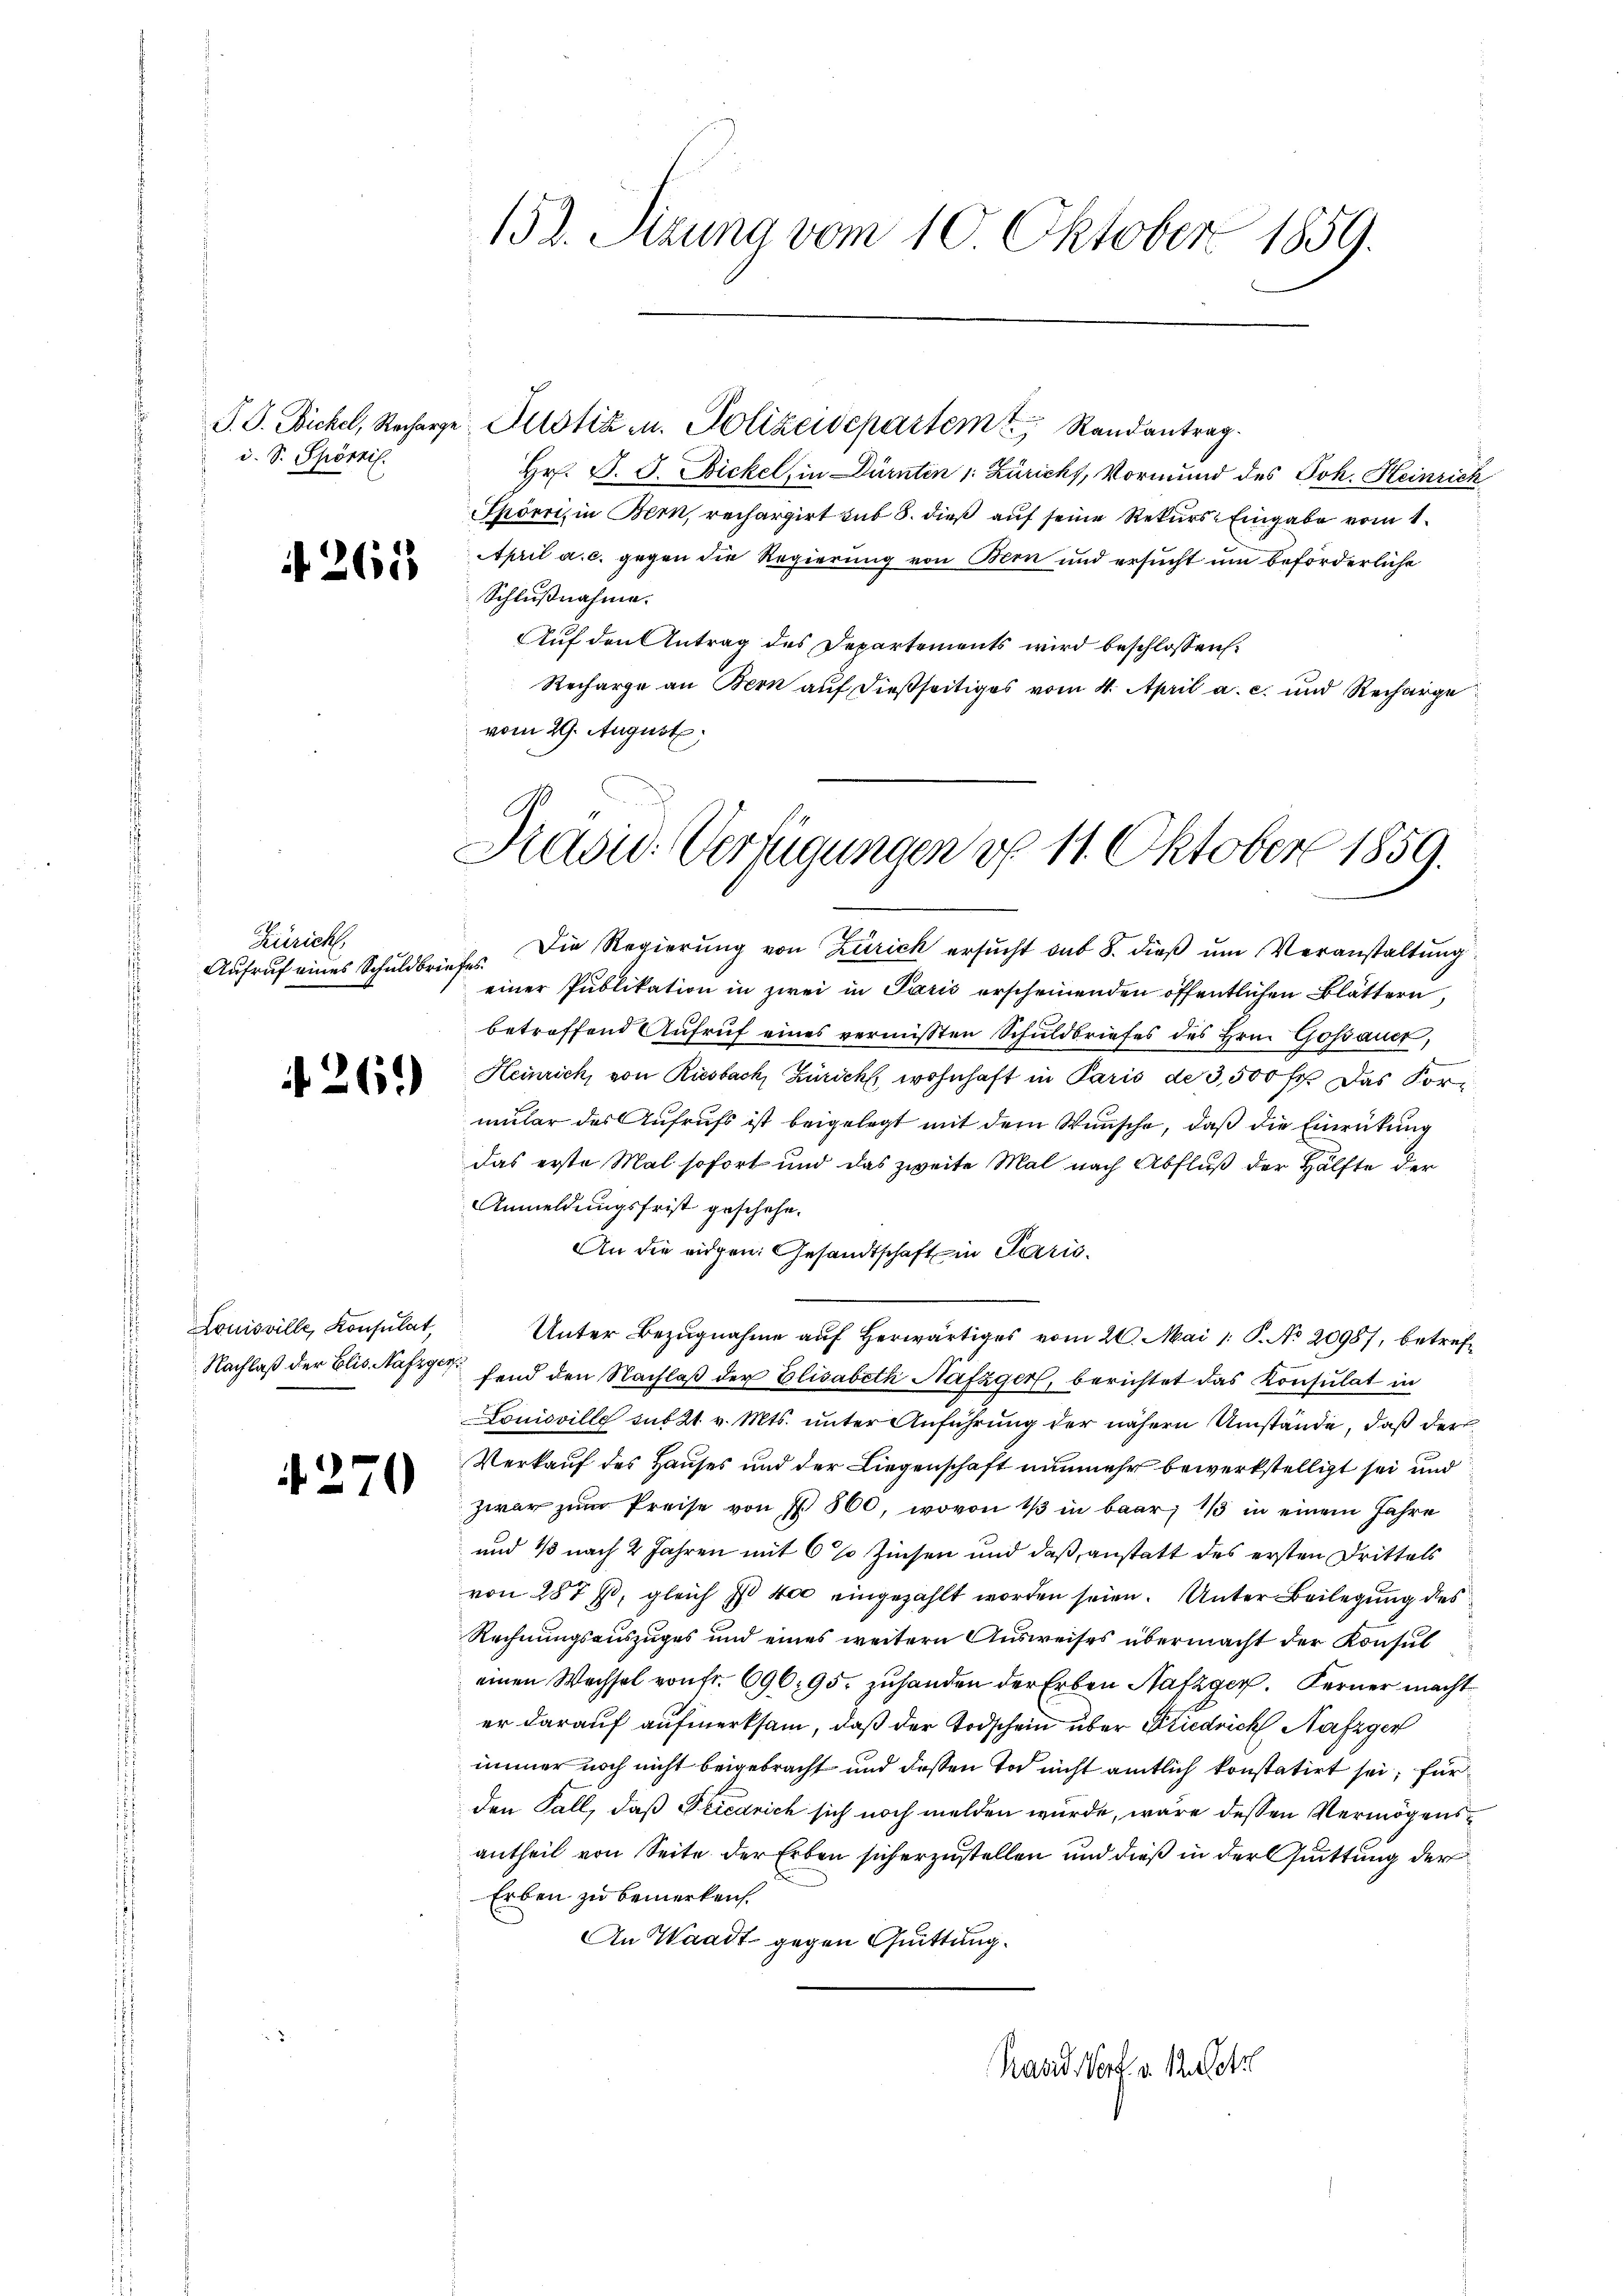
P. G. Bickel, Recharge
d. S. Spörril.

Zürich,
Aufruf eines Schuldbriefes

261)

Louisville, Konsulat,

i

N 261

70

152. Sizung vom 10. Oktober 1859.

Justiz u. Polizeidepartem Randantrag.
Hr. P. J. Bickel, in Dürnten 1: Züricht, Vormund des Joh. Heinrich
Thörri, in Bern, rechargirt sub 8. dieß auf seine Rekurs-Eingabe vom 1.
April a. c. gegen die Regierung von Bern und ersucht um beförderliche
Schlußnahme.
Auf den Antrag des Departements wird beschlossen:
Recharge an Bern auf dießseitiges vom 4. April a. c. und Recharge
vom 29. August

Brasid. Verfügungen d. 11. Oktober 1859.

Die Regierung von Zürich ersucht sub 8. dieß um Veranstaltung
einer Publikation in zwei in Paris erscheinenden öffentlichen Blättern
betreffend Aufruf eines vermissten Schuldbriefes des Hrn. Gossauer,
Heinrich, von Riesbach Zürich, wohnhaft in Paris de 3,500 Fr. Das Kormüter des Aufrufs ist beigelegt mit dem Wunsche, daß die Einrückung
das erste Mal sofort und das zweite Mal nach Abfluß der Hälfte der
Anmeldungsfrist geschehe.
An die eidgen. Gesandtschaft in Paris¬
Unter Bezugnahme auf herwärtiges vom 20. Mai 1 S. No 20987, betref¬
Nachlaß der Elis. Nase fand den Nachlaß der Elisabeth Nafzger, berichtet das Konsulat in
Louisville sub 21. v. Mts. unter Anführung der nähern Umstände, daß der
Verkauf des Hauses und der Liegenschaft nunmehr bewerkstelligt sei und
zwar zŭm Preise von § 560, wovon 13 in baar, 1 in einem Jahre
und 13 nach 2 Jahren mit 6 % Zinsen und daß, anstatt des ersten Drittels
von 287 f., gleich I 400 eingezahlt worden seien. Unter Beilegung des
Rechnungsauszuges und eines weitern Ausweises übermacht der Konsul
einen Wechsel von fr. 696. 95. zuhanden der Erben Satzger. Ferner macht
er darauf aufmerksam, daß der Todschein über Friedrich Nafzger
immer noch nicht beigebracht und dessen Tod nicht amtlich konstatirt sei, für
den Fall, daß Friedrich sich noch melden wurde, wäre dessen Vermögensantheil von Seite der Erben sicherzustellen und dieß in der Quittung der
Erben zu bemerken.
An Waadt gegen Quittung.
Kavid Vorf. v. M. betr